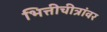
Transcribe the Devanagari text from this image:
भित्तीचीत्रांवर